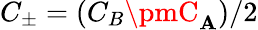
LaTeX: C_{\pm}=(C_{B}\pmC_{\mathbf{A}})/2